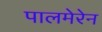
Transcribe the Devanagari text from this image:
पालमेरेन